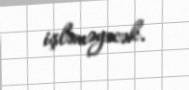
işləməyəcək.